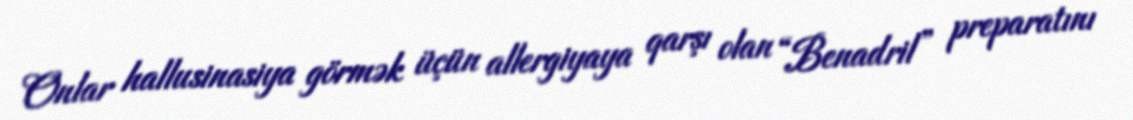
Onlar hallusinasiya görmək üçün allergiyaya qarşı olan “Benadril” preparatını